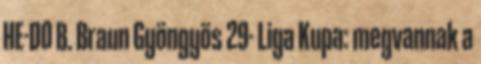
HE-DO B. Braun Gyöngyös 29- Liga Kupa: megvannak a